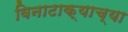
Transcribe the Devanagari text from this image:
विनाटाक्‍याच्या